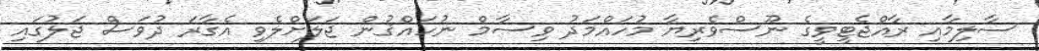
ސާލިމާއި ރާއްޖެޓީވީގެ ނޫސްވެރިޔާ މުހައްމަދު ވިސާމް ނުހައްޤުން ޖަލަށްލެވި އެގާރަ ދުވަސް ޖަލުގައި